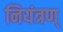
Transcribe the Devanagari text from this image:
नियंत्रण्